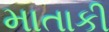
માતાકી